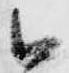
候